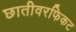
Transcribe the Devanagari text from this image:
छातीवरफिकट